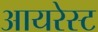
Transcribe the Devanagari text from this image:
आयरेस्ट